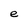
Character: e